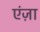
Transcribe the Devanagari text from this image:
एंज़ा